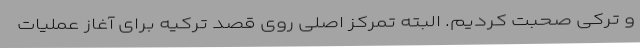
و ترکی صحبت کردیم. البته تمرکز اصلی روی قصد ترکیه برای آغاز عملیات